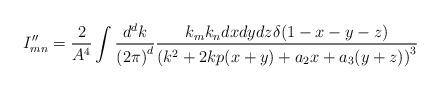
LaTeX: \begin{align*}I''_{mn}=\frac{2}{A^4}\int \frac{d^d k}{{(2\pi)}^d}\frac{k_m k_n dx dy dz \delta(1-x-y-z)}{{(k^2+ 2kp(x+y)+a_2 x+a_3(y+z))}^3}\end{align*}